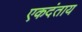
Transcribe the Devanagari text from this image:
एकदंताय